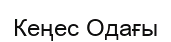
Кеңес Одағы